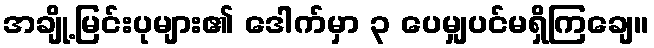
အချို့မြင်းပုများ၏ ဒေါက်မှာ ၃ ပေမျှပင်မရှိကြချေ။